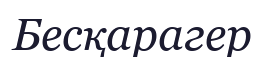
Бесқарагер